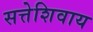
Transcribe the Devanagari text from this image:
सत्तेशिवाय